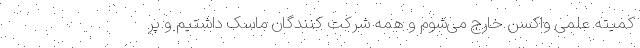
کمیته علمی واکسن خارج می‌شوم و همه‌ شرکت کنندگان ماسک داشتیم و پر